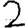
Digit: 2